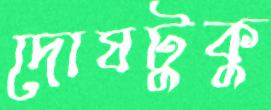
দোষটুকু